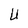
Character: U